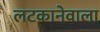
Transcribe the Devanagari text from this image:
लटकानेवाला